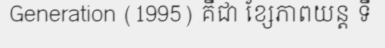
Generation (1995) គឺជា ខ្សែភាពយន្ត ទី